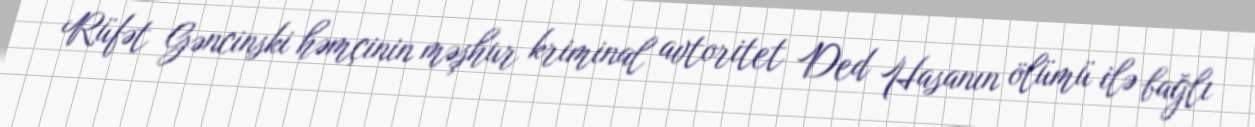
Rüfət Gəncinski həmçinin məşhur kriminal avtoritet Ded Hasanın ölümü ilə bağlı